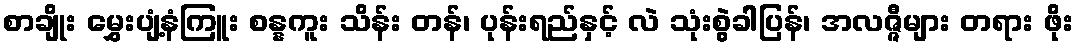
စာချိုး မွှေးပျံ့နံကြူး စန္နကူး သိန်း တန်၊ ပုန်းရည်နှင့် လဲ သုံးစွဲခါပြန်၊ အလဇ္ဇီများ တရား ဖိုး